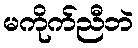
မကိုက်ညီဘဲ